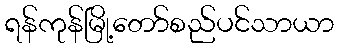
ရန်ကုန်မြို့တော်စည်ပင်သာယာ